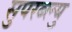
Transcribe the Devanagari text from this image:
सुपरब्ल्यु